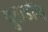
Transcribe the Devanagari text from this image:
वुलडॉग